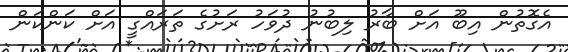
އެގޮތުން އިބޫ އަށް ބާރު ލިބުނު ދުވަހު ރަށުގެ ތަރައްގީ އަށް ކަންކަން